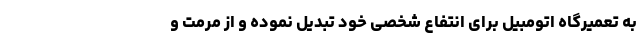
به تعمیرگاه اتومبیل برای انتفاع شخصی خود تبدیل نموده و از مرمت و